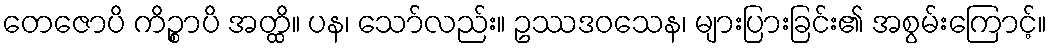
တေဇောပိ ကိဉ္စာပိ အတ္ထိ။ ပန၊ သော်လည်း။ ဥဿဒဝသေန၊ များပြားခြင်း၏ အစွမ်းကြောင့်။